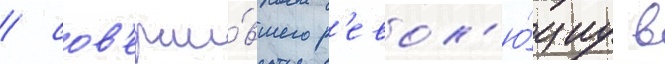
/ сов'ерши́вшего р'евол'ю́циу в